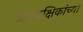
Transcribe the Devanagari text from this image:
प्रात्यक्षिकांच्या